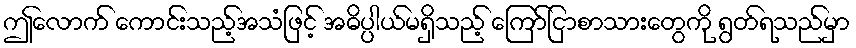
ဤလောက် ကောင်းသည့်အသံဖြင့် အဓိပ္ပါယ်မရှိသည့် ကြော်ငြာစာသားတွေကို ရွတ်ရသည်မှာ